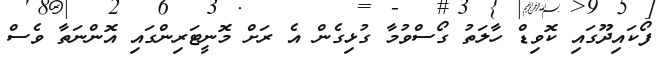
ފޯކައިދޫގައި ކޮވިޑް ހާލަތު ގޯސްވުމާ ގުޅިގެން އެ ރަށް މޮނީޓަރިންގައި އޮންނަތާ ވެސް